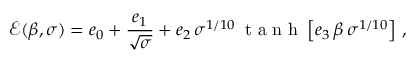
\mathcal { E } ( \beta , \sigma ) = e _ { 0 } + \frac { e _ { 1 } } { \sqrt { \sigma } } + e _ { 2 } \, \sigma ^ { 1 / 1 0 } \, \mathrm { ~ t ~ a ~ n ~ h ~ } \left[ e _ { 3 } \, \beta \, \sigma ^ { 1 / 1 0 } \right] \, ,